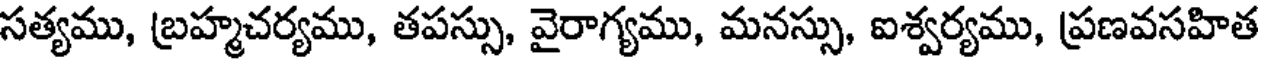
సత్యము, బ్రహ్మచర్యము, తపస్సు, వైరాగ్యము, మనస్సు, ఐశ్వర్యము, ప్రణవసహిత